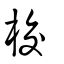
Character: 校